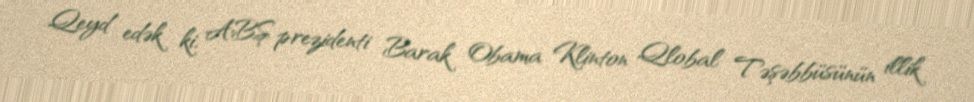
Qeyd edək ki, ABŞ prezidenti Barak Obama Klinton Qlobal Təşəbbüsünün illik